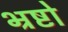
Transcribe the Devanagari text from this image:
भ्रष्टो